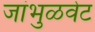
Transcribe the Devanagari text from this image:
जांभुळवेट